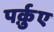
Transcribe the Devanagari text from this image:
पर्क़ुए